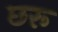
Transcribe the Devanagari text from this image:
छरू